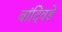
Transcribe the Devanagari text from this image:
बांदिवडे